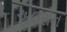
એલરોન